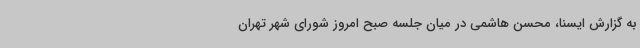
به گزارش ایسنا، محسن هاشمی در میان جلسه صبح امروز شورای شهر تهران